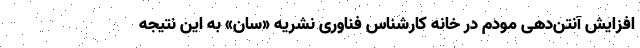
افزایش آنتن‌دهی مودم در خانه کارشناس فناوری نشریه «سان» به این نتیجه